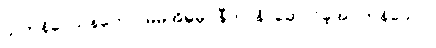
သကနိဝေသနတော၊ မိမိအိမ်မှ။ နီတာနိ၊ ဆောင်ခဲ့အပ်ကုန်သော။